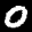
Label: 0